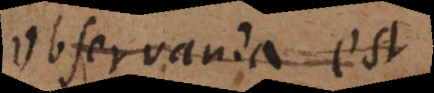
observanda est,